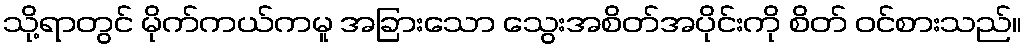
သို့ရာတွင် မိုက်ကယ်ကမူ အခြားသော သွေးအစိတ်အပိုင်းကို စိတ် ဝင်စားသည်။